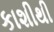
કાશીથી